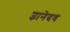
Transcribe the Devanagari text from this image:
ज्ञानेदव